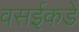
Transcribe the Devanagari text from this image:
वसईकडे